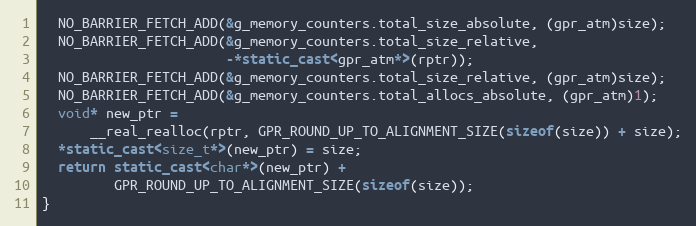
Language: C++
  NO_BARRIER_FETCH_ADD(&g_memory_counters.total_size_absolute, (gpr_atm)size);
  NO_BARRIER_FETCH_ADD(&g_memory_counters.total_size_relative,
                       -*static_cast<gpr_atm*>(rptr));
  NO_BARRIER_FETCH_ADD(&g_memory_counters.total_size_relative, (gpr_atm)size);
  NO_BARRIER_FETCH_ADD(&g_memory_counters.total_allocs_absolute, (gpr_atm)1);
  void* new_ptr =
      __real_realloc(rptr, GPR_ROUND_UP_TO_ALIGNMENT_SIZE(sizeof(size)) + size);
  *static_cast<size_t*>(new_ptr) = size;
  return static_cast<char*>(new_ptr) +
         GPR_ROUND_UP_TO_ALIGNMENT_SIZE(sizeof(size));
}